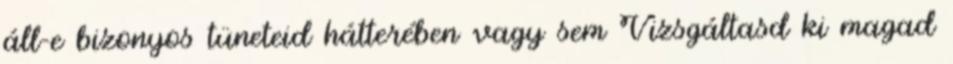
áll-e bizonyos tüneteid hátterében vagy sem Vizsgáltasd ki magad